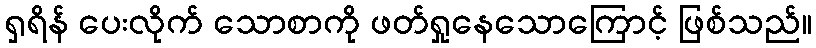
ရှရိန် ပေးလိုက် သောစာကို ဖတ်ရှုနေသောကြောင့် ဖြစ်သည်။